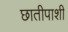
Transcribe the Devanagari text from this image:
छातीपाशी